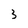
Character: 3